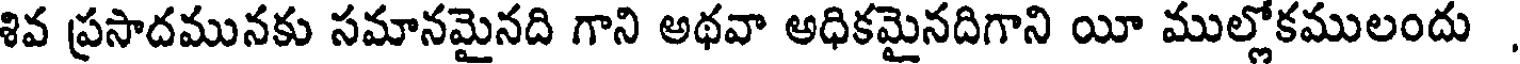
శివ ప్రసాదమునకు సమానమైనది గాని అథవా అధికమైనదిగాని యీ ముల్లోకములందు